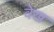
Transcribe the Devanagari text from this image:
वेख